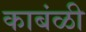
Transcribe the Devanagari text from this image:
काबंळी